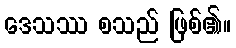
ဒေသဿ စသည် ဖြစ်၏။